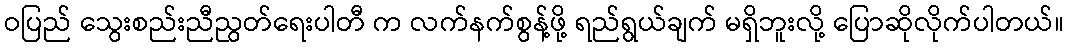
ဝပြည် သွေးစည်းညီညွတ်ရေးပါတီ က လက်နက်စွန့်ဖို့ ရည်ရွယ်ချက် မရှိဘူးလို့ ပြောဆိုလိုက်ပါတယ်။